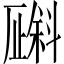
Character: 𪯯